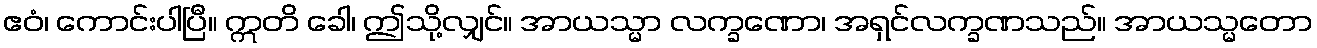
ဧဝံ၊ ကောင်းပါပြီ။ ဣတိ ခေါ၊ ဤသို့လျှင်။ အာယသ္မာ လက္ခဏော၊ အရှင်လက္ခဏသည်။ အာယသ္မတော